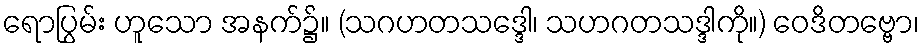
ရောပြွမ်း ဟူသော အနက်၌။ (သဂဟတသဒ္ဒေါ၊ သဟဂတသဒ္ဒါကို။) ဝေဒိတဗ္ဗော၊